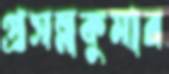
প্রসন্নকুমার